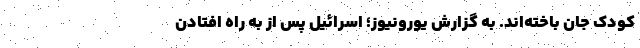
کودک جان باخته‌اند. به گزارش یورونیوز؛ اسرائیل پس از به راه افتادن